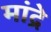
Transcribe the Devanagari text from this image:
मांद्रे